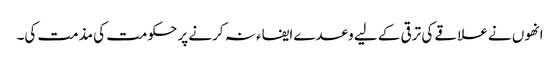
انھوں نے علاقے کی ترقی کے لیے وعدے ایفاء نہ کرنے پر حکومت کی مذمت کی۔